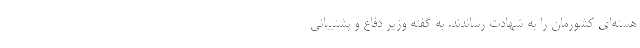
هسته‌ای کشورمان را به شهادت رساندند. به گفته وزیر دفاع و پشتیبانی